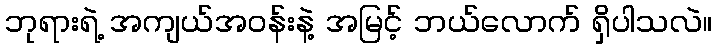
ဘုရားရဲ့ အကျယ်အဝန်းနဲ့ အမြင့် ဘယ်လောက် ရှိပါသလဲ။